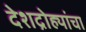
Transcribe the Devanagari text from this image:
देशद्रोह्यांचा